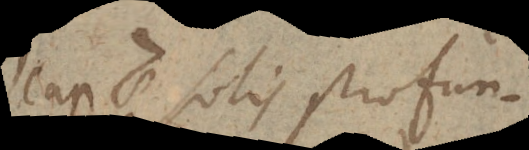
cap. 7 Solis profun-